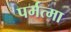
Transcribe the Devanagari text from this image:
पर्मत्मा